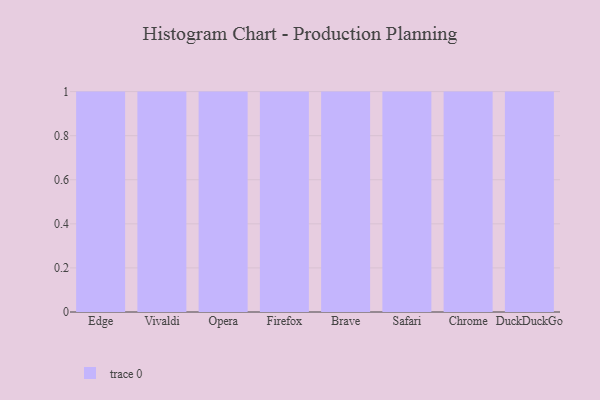
{"axis": {"x": "Browser", "y": "Conversion Rate (%)"}, "legend": [""], "data": [{"x": "Edge", "y": 17, "type": ""}, {"x": "Vivaldi", "y": 8, "type": ""}, {"x": "Opera", "y": 20, "type": ""}, {"x": "Firefox", "y": 86, "type": ""}, {"x": "Brave", "y": 92, "type": ""}, {"x": "Safari", "y": 33, "type": ""}, {"x": "Chrome", "y": 79, "type": ""}, {"x": "DuckDuckGo", "y": 98, "type": ""}]}